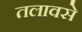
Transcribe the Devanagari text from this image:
तलावसे